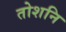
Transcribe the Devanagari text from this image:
तोशनि